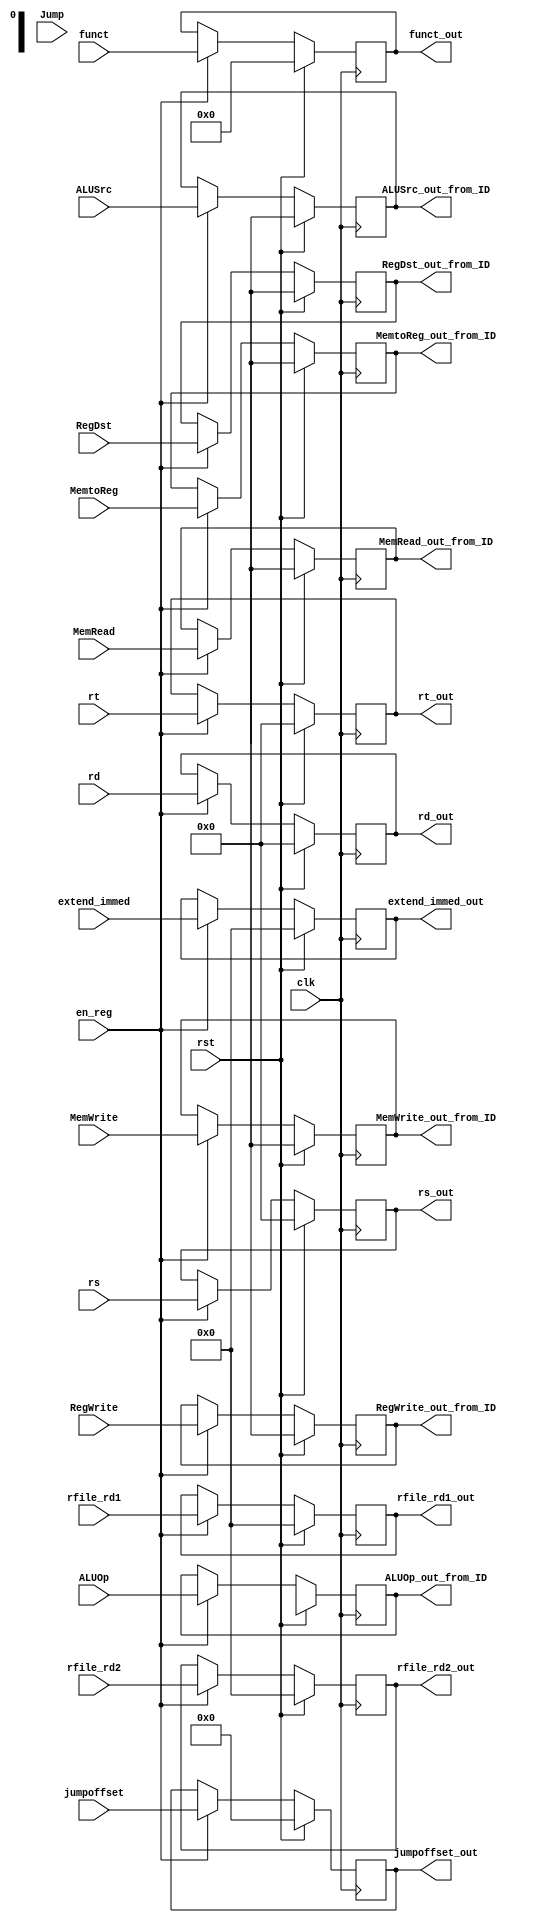

module ID_EX( en_reg, jumpoffset, jumpoffset_out, clk, rst,
           MemtoReg, RegWrite, MemRead, MemWrite, ALUOp, RegDst, ALUSrc, Jump,
           MemtoReg_out_from_ID, RegWrite_out_from_ID, MemRead_out_from_ID, MemWrite_out_from_ID, ALUOp_out_from_ID, RegDst_out_from_ID, ALUSrc_out_from_ID,
           rfile_rd1, rfile_rd2, rfile_rd1_out, rfile_rd2_out,
	       extend_immed, extend_immed_out,
	       rs, rt, rd, rs_out, rt_out, rd_out, funct, funct_out );

input clk, rst, en_reg;
input MemtoReg, RegWrite, MemRead, MemWrite, RegDst, ALUSrc, Jump;
input [1:0] ALUOp;
input [31:0] rfile_rd1, rfile_rd2, extend_immed;
input [4:0] rs, rt, rd;
input [5:0] funct;
input [25:0] jumpoffset;

output MemtoReg_out_from_ID, RegWrite_out_from_ID, MemRead_out_from_ID, MemWrite_out_from_ID, RegDst_out_from_ID, ALUSrc_out_from_ID;
output [1:0] ALUOp_out_from_ID;
output [31:0] rfile_rd1_out, rfile_rd2_out, extend_immed_out;
output [4:0] rs_out, rt_out, rd_out;
output [5:0] funct_out;
output [25:0] jumpoffset_out;

reg MemtoReg_out_from_ID, RegWrite_out_from_ID, MemRead_out_from_ID, MemWrite_out_from_ID, RegDst_out_from_ID, ALUSrc_out_from_ID;
reg [1:0] ALUOp_out_from_ID;
reg [31:0] rfile_rd1_out, rfile_rd2_out, extend_immed_out;
reg [4:0] rs_out, rt_out, rd_out;
reg [5:0] funct_out;
reg [25:0] jumpoffset_out;

	
always@( posedge clk )
begin
  if ( rst )
	begin
	  MemtoReg_out_from_ID <= 1'bx; RegWrite_out_from_ID <= 1'bx; MemRead_out_from_ID <= 1'bx; MemWrite_out_from_ID <= 1'bx;
      ALUOp_out_from_ID <= 2'bxx;
      RegDst_out_from_ID <= 1'bx;
      ALUSrc_out_from_ID <= 1'bx;

      jumpoffset_out <= 26'd0;

      rfile_rd1_out <= 32'd0;
      rfile_rd2_out <= 32'd0;

      extend_immed_out <= 32'd0;
  
      rs_out <= 5'd0;
      rt_out <= 5'd0;
      rd_out <= 5'd0;
  
      funct_out <= 6'd0;
	end
	else if ( en_reg )
	begin
      MemtoReg_out_from_ID <= MemtoReg; RegWrite_out_from_ID <= RegWrite; MemRead_out_from_ID <= MemRead; MemWrite_out_from_ID <= MemWrite;
      ALUOp_out_from_ID <= ALUOp;
      RegDst_out_from_ID <= RegDst;
      ALUSrc_out_from_ID <= ALUSrc;
  
      jumpoffset_out <= jumpoffset;

      rfile_rd1_out <= rfile_rd1;
      rfile_rd2_out <= rfile_rd2;

      extend_immed_out <= extend_immed;
  
      rs_out <= rs;
      rt_out <= rt;
      rd_out <= rd;
  
      funct_out <= funct;
	end
end

endmodule